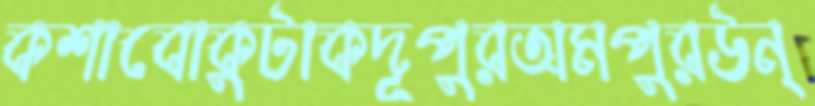
কশাবোকুটাকদূপুরঅমপুরউন্